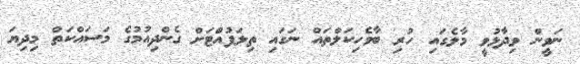
ނަވީން ވިދާޅުވީ މާލެގައި ހުރި ބާވެހިކަލްތައް ނަގައި ތިލަފުއްޓަށް ގެންދިއުމުގެ މަސައްކަތް މިދިޔަ